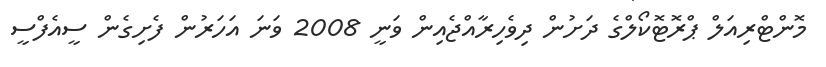
މޮންޓްރިއަލް ޕްރޮޓޮކޯލްގެ ދަށުން ދިވެހިރާއްޖެއިން ވަނީ 2008 ވަނަ އަހަރުން ފެށިގެން ސީއެފްސީ